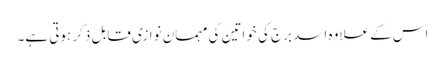
اس کے علاوہ اسد برج کی خواتین کی مہمان نوازی قابل ذکر ہوتی ہے۔